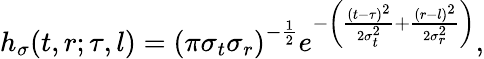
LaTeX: h_{\sigma}(t,r;\tau,l)=\left(\pi\sigma_{t}\sigma_{r}\right)^{-\frac{1}{2}}e^{-\left(\frac{(t-\tau)^{2}}{2\sigma_{t}^{2}}+\frac{(r-l)^{2}}{2\sigma_{r}^{2}}\right)},